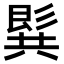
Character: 𪞋